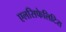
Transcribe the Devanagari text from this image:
एलसिफेलिटिस